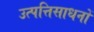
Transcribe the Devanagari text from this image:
उत्पत्तिसाधनों